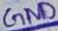
Text: GND